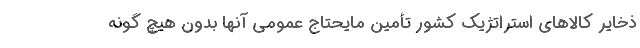
ذخایر کالاهای استراتژیک کشور تأمین مایحتاج عمومی آنها بدون هیچ گونه